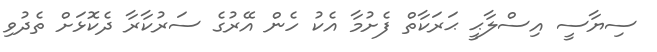
ސިޔާސީ އިސްލާޙީ ޙަރަކާތް ފެށުމާ އެކު ހެން އޭރުގެ ސަރުކާރާ ދެކޮޅަށް ތެދުވި